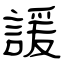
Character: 諼